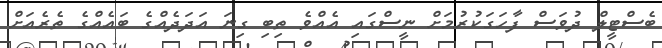
ބެސްޓީލް ދުވަސް ފާހަގަކުރުމަށް ނީސްގައި އެއްވެ ތިބި ގިނަ އަދަދެއްގެ ބައެއްގެ ތެރެއަށް